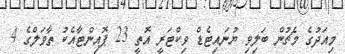
މިއަދުގެ މެޗުން ބަލިވި ޔުނައިޓެޑް ވިކްޓަރީ އޮތީ 23 ޕޮއިންޓާއެކު ތާވަލްގެ 4